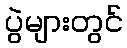
ပွဲများတွင်